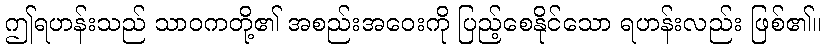
ဤရဟန်းသည် သာဝကတို့၏ အစည်းအဝေးကို ပြည့်စေနိုင်သော ရဟန်းလည်း ဖြစ်၏။